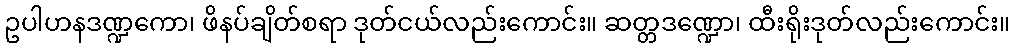
ဥပါဟနဒဏ္ဍကော၊ ဖိနပ်ချိတ်စရာ ဒုတ်ငယ်လည်းကောင်း။ ဆတ္တဒဏ္ဍော၊ ထီးရိုးဒုတ်လည်းကောင်း။